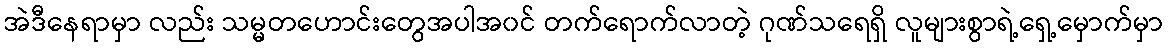
အဲဒီနေရာမှာ လည်း သမ္မတဟောင်းတွေအပါအ၀င် တက်ရောက်လာတဲ့ ဂုဏ်သရေရှိ လူများစွာရဲ့ရှေ့မှောက်မှာ